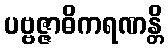
ပဗ္ဗဇ္ဇာဓိကရဏန္တိ